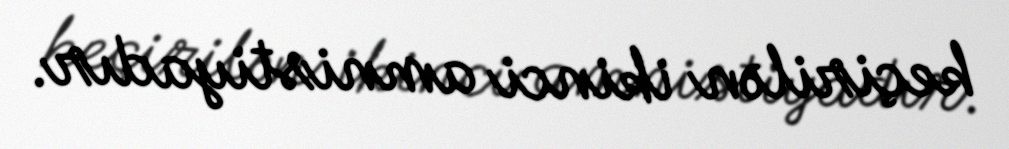
keçirilən ikinci amnistiyadır.